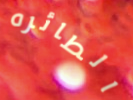
الطائره